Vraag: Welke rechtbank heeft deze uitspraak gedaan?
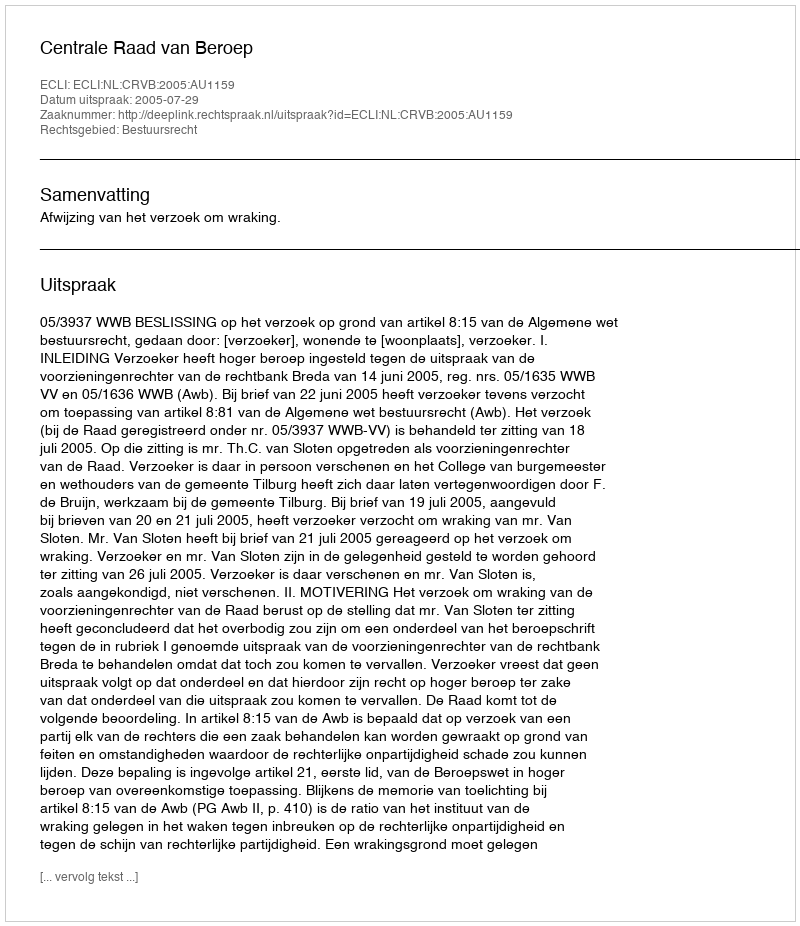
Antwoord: Centrale Raad van Beroep